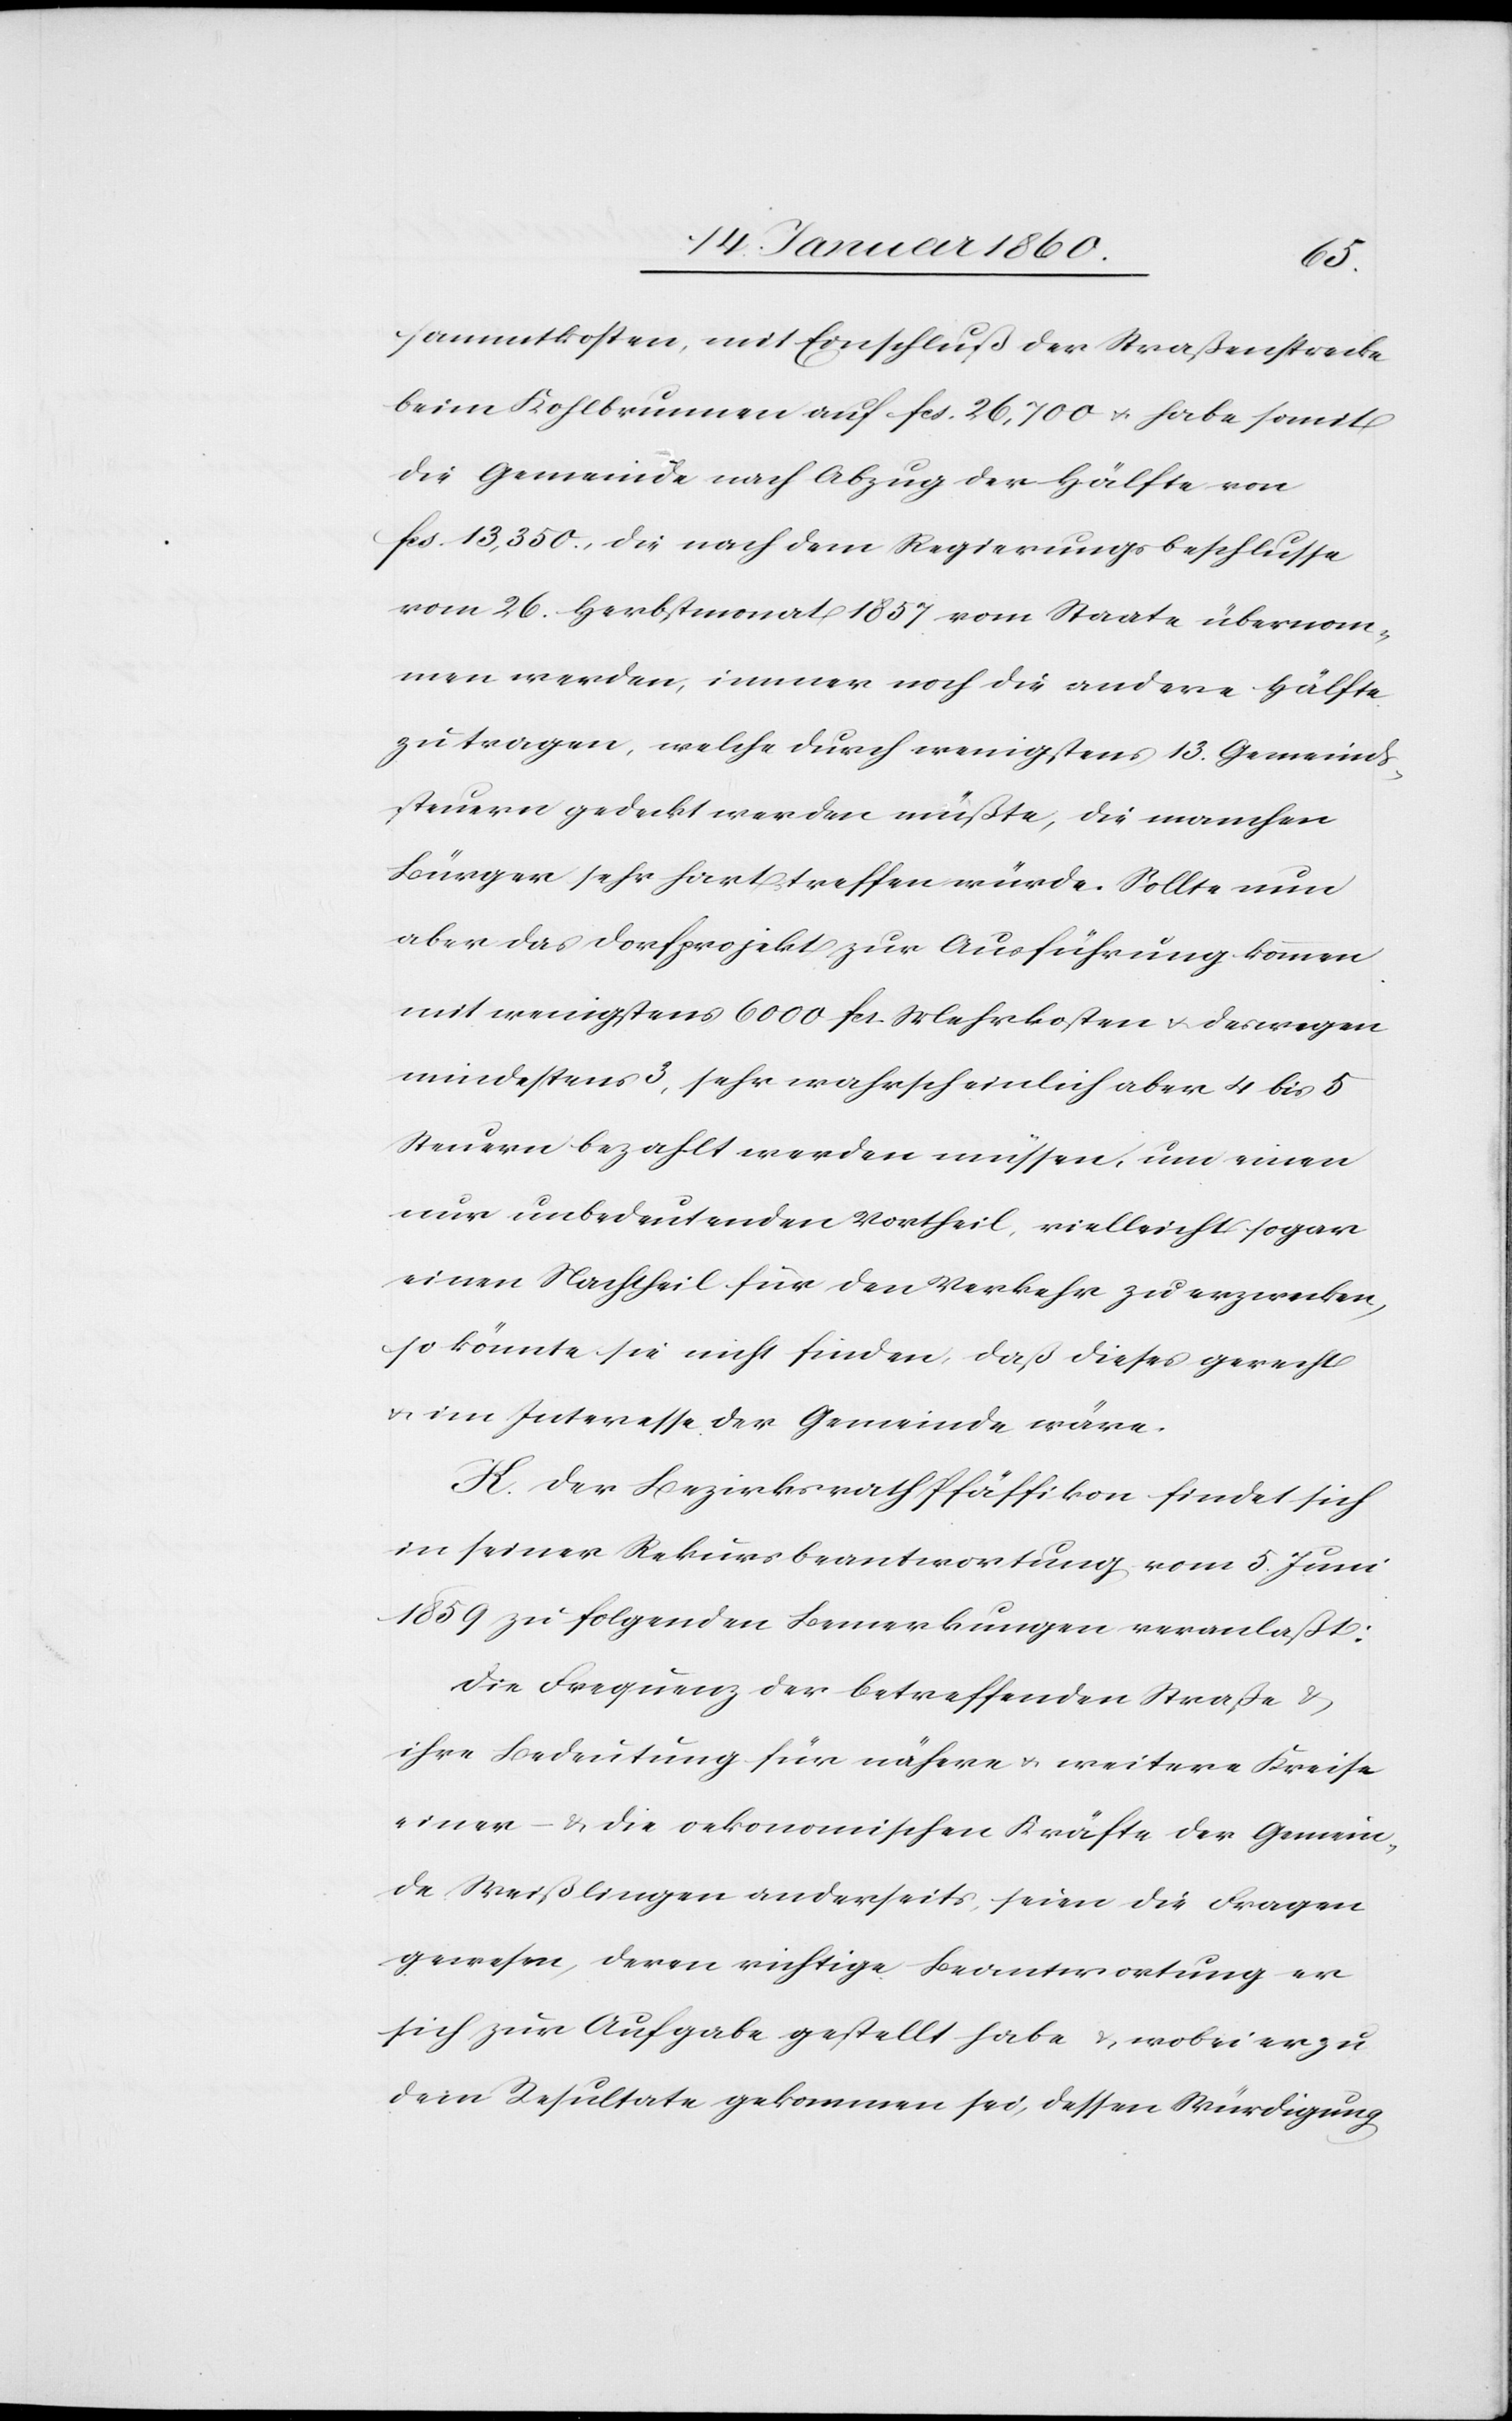
sammtkosten, mit Entschluß der Straßenstrecke
beim Kohlbrunnen auf fcs. 26,000 u. habe somit
die Gemeinde nach Abzug der Hälfte von
fcs. 13,350., die nach dem Regierungsbeschlusse
vom 26. Herbstmonat 1857 vom Staate übernom¬
men werden, immer noch die andere Hälfte
zutragen, welche durch wenigstens 13. Gemeinds¬
steuern gedeckt werden müßte, die manchen
Bürger sehr hart treffen würde. Sollte nun
aber das Dorfprojekt zur Ausführung kommen
mit wenigstens 6000 fcs. Mehrkosten u. deswegen
mindestens 3, sehr wahrscheinlich aber 4 bis 5
Steuern bezahlt werden müssen, um einen
nur unbedeutenden Vortheil, vielleicht sogar
einen Nachtheil für den Verkehr zu erzwecken,
so könnte sie nicht finden, daß dieses gerecht
u. im Interesse der Gemeinde wäre.
K. Der Bezirksrath Pfäffikon findet sich
in seiner Rekursbeantwortung vom 5. Juni
1859 zu folgenden Bemerkungen veranlasst:
Die Frequenz der betreffenden Straße u.
ihre Bedeutung für nähere u. weitere Kreise
einer – u. die oekonomischen Kräfte der Gemein¬
de Weißlingen anderseits, seien die Fragen
gewesen, deren richtige Beantwortung er
sich zur Aufgabe gestellt habe u. wobei er zu
dem Resultate gekommen sei, dessen Würdigung